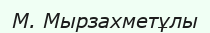
М. Мырзахметұлы